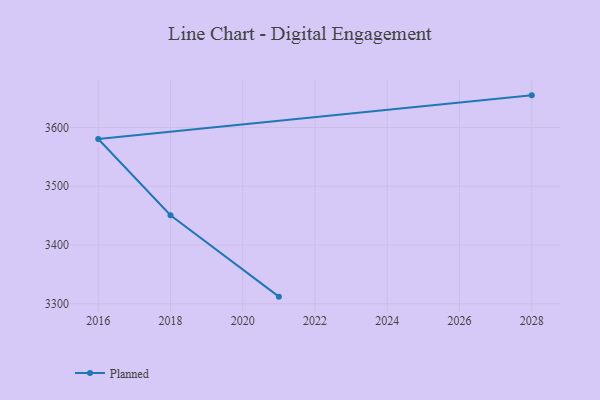
{"axis": {"x": "Year", "y": "Page Views"}, "legend": ["Planned"], "data": [{"x": "2028", "y": 3654.8, "type": "Planned"}, {"x": "2016", "y": 3580.5, "type": "Planned"}, {"x": "2018", "y": 3450.7, "type": "Planned"}, {"x": "2021", "y": 3312.1, "type": "Planned"}]}